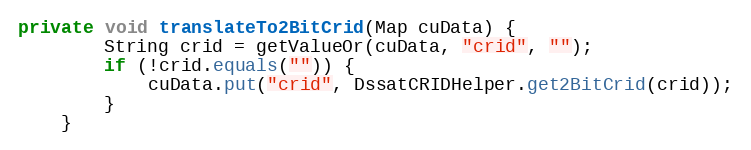
Language: Java
private void translateTo2BitCrid(Map cuData) {
        String crid = getValueOr(cuData, "crid", "");
        if (!crid.equals("")) {
            cuData.put("crid", DssatCRIDHelper.get2BitCrid(crid));
        }
    }